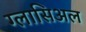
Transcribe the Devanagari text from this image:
ग्लासिअल